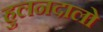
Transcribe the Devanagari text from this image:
हुलनदालो